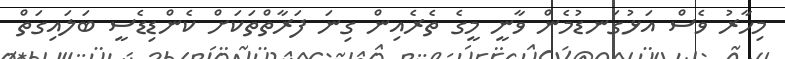
މިހާރު ވެސް އަޅުގަނޑުމެން ވާނީ މީގެ ތެރެއިން ގިނަ ފަރާތްތަކަށް ކެންޑިޑެސީ ބަލައިގަތް